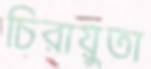
চিরায়ুতা